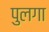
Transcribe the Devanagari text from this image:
पुलगा